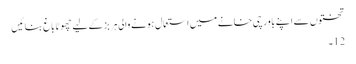
تختوں سے اپنے باورچی خانے میں استعمال ہونے والی ہربز کے لیے چھوٹا باغ بنائیں
12۔